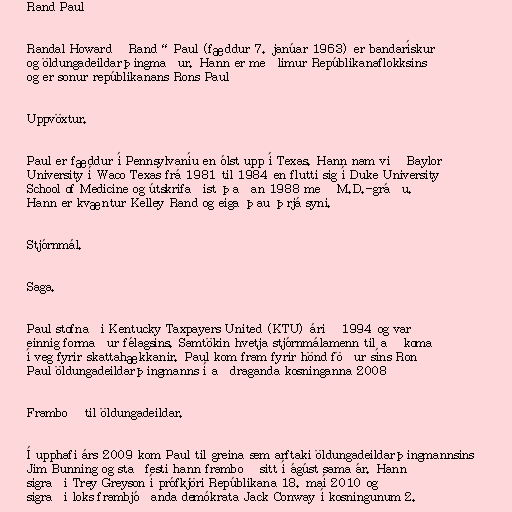
Rand Paul

Randal Howard „Rand“ Paul (fæddur 7. janúar 1963) er bandarískur
og öldungadeildarþingmaður. Hann er meðlimur Repúblikanaflokksins
og er sonur repúblikanans Rons Paul

Uppvöxtur.

Paul er fæddur í Pennsylvaníu en ólst upp í Texas. Hann nam við Baylor
University í Waco Texas frá 1981 til 1984 en flutti sig í Duke University
School of Medicine og útskrifaðist þaðan 1988 með M.D.-gráðu.
Hann er kvæntur Kelley Rand og eiga þau þrjá syni.

Stjórnmál.

Saga.

Paul stofnaði Kentucky Taxpayers United (KTU) árið 1994 og var
einnig formaður félagsins. Samtökin hvetja stjórnmálamenn til að koma
í veg fyrir skattahækkanir. Paul kom fram fyrir hönd föður síns Ron
Paul öldungadeildarþingmanns í aðdraganda kosninganna 2008

Framboð til öldungadeildar.

Í upphafi árs 2009 kom Paul til greina sem arftaki öldungadeildarþingmannsins
Jim Bunning og staðfesti hann framboð sitt í ágúst sama ár. Hann
sigraði Trey Greyson í prófkjöri Repúblikana 18. maí 2010 og
sigraði loks frambjóðanda demókrata Jack Conway í kosningunum 2.